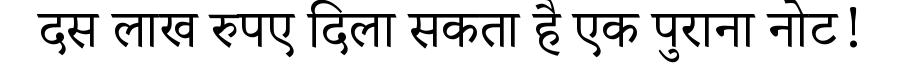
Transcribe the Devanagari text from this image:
दस लाख रुपए दिला सकता है एक पुराना नोट!